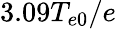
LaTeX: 3.09T_{e0}/e